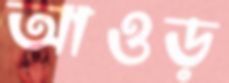
আওড়